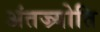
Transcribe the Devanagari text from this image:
अंतज्र्योति